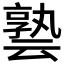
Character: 𪜟